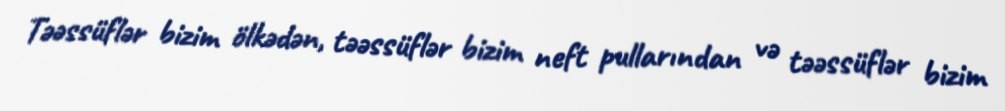
Təəssüflər bizim ölkədən, təəssüflər bizim neft pullarından və təəssüflər bizim